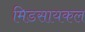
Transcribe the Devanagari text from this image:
मिडसायकल